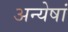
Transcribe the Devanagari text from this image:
अन्येषां